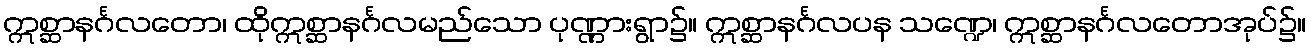
ဣစ္ဆာနင်္ဂလတော၊ ထိုဣစ္ဆာနင်္ဂလမည်သော ပုဏ္ဏားရွာ၌။ ဣစ္ဆာနင်္ဂလပန သဏ္ဍေ၊ ဣစ္ဆာနင်္ဂလတောအုပ်၌။